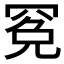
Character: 𱻁